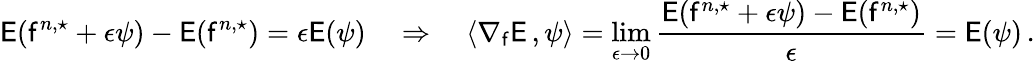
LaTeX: \mathsf{E}(\mathsf{f}^{n,\star}+\epsilon\psi)-\mathsf{E}(\mathsf{f}^{n,\star})=\epsilon\mathsf{E}(\psi)\quad\Rightarrow\quad\langle\nabla_{\mathsf{f}}\mathsf{E}\, ,\psi\rangle=\operatorname*{lim}_{\epsilon\to 0}\frac{\mathsf{E}(\mathsf{f}^{n,\star}+\epsilon\psi)-\mathsf{E}(\mathsf{f}^{n,\star})}{\epsilon}=\mathsf{E}(\psi)\, .